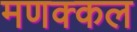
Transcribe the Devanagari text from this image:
मणक्कल